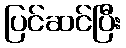
ပြင်ဆင်ပြီး